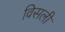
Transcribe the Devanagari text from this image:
विसली